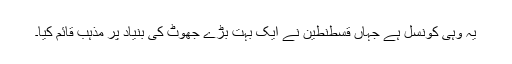
یہ وہی کونسل ہے جہاں قسطنطین نے ایک بہت بڑے جھوٹ کی بنیاد پر مذہب قائم کیا۔